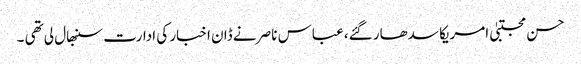
حسن مجتبیٰ امریکا سدھار گئے، عباس ناصر نے ڈان اخبار کی ادارت سنبھال لی تھی ۔